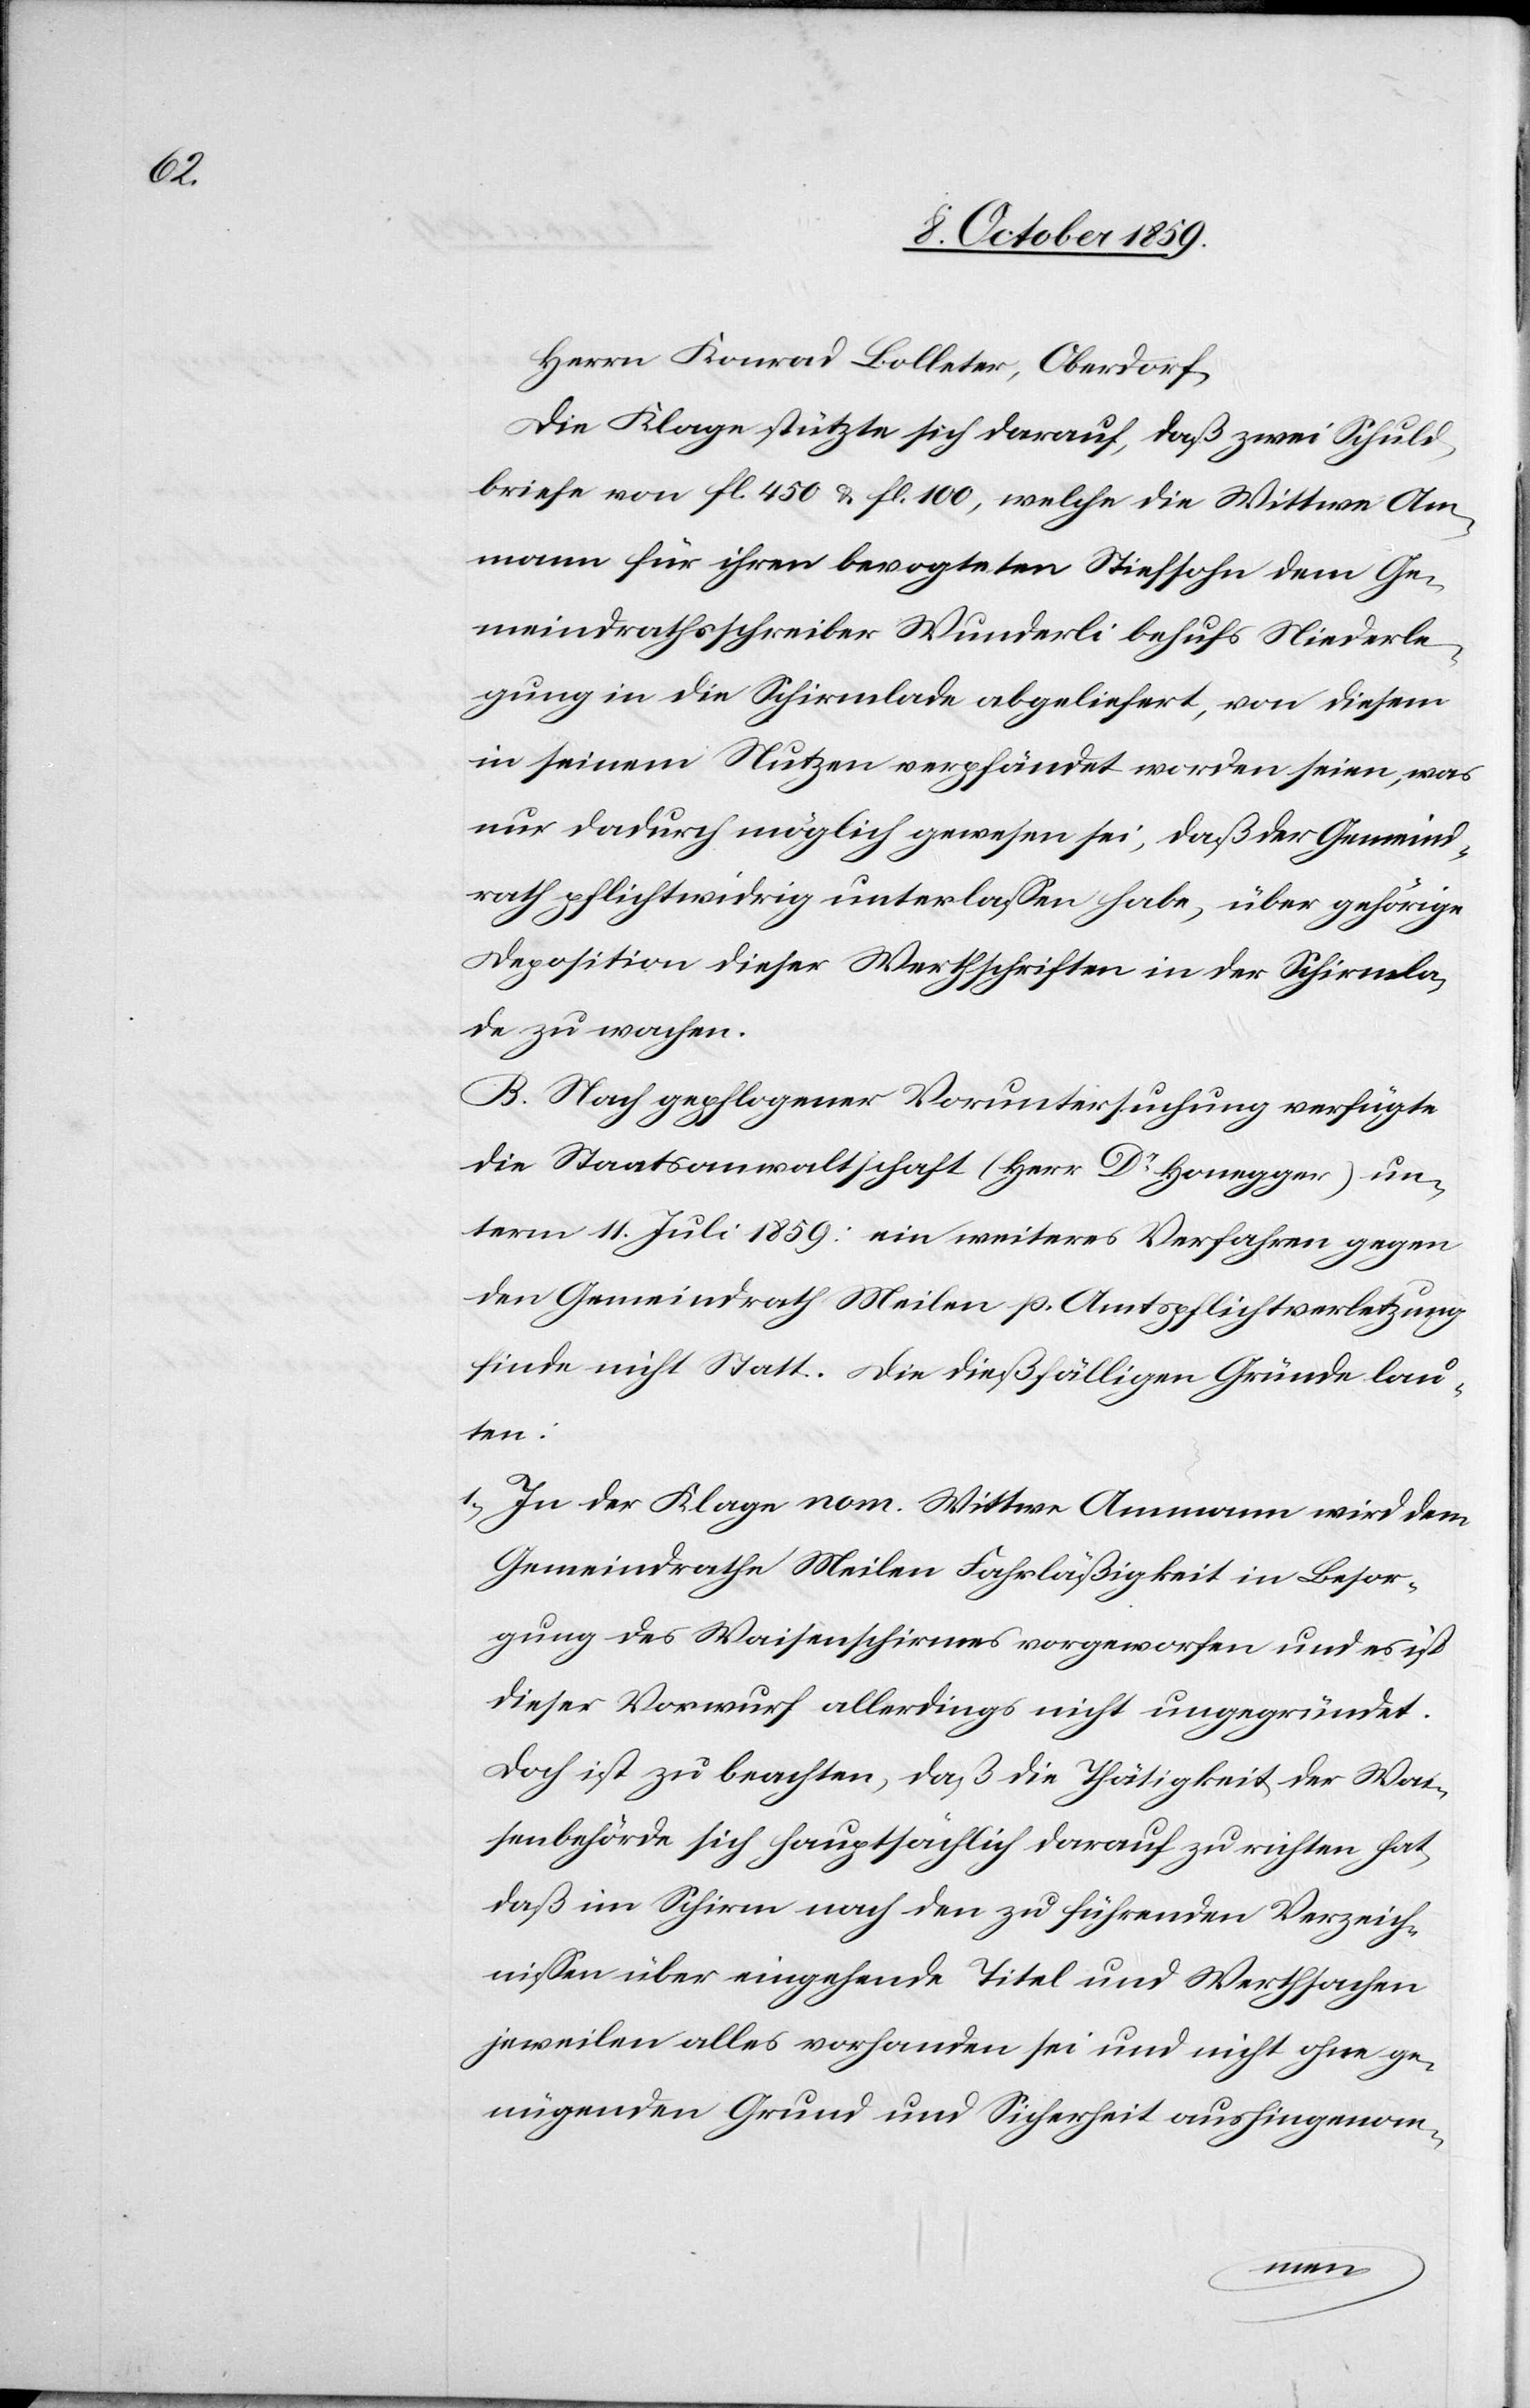
Die Klage stützte sich darauf, daß zwei Schuld¬
briefe von fl. 450 & fl. 100, welche die Wittwe Am¬
mann für ihren bevogteten Stiefsohn dem Ge¬
meindrathschreiber Wunderli behufs Niederle¬
gung in die Schirmlade abgeliefert, von diesem
in seinem Nutzen verpfändet worden seien, was
nur dadurch möglich geworden sei, daß der Gemeind¬
rath pflichtwidrig unterlassen habe, über gehörige
Deposition dieser Wertschriften in der Schirmla¬
de zu wachen.
B. Nach gepflogener Voruntersuchung verfügte
die Staatsanwaltschaft (Herr Dr Honegger) un¬
term 11. Juli 1859: ein weiteres Verfahren gegen
den Gemeindrath Meilen p. Amtspflichtverletzung
finde nicht Statt. Die dießfälligen Gründe lau¬
ten:
1) In der Klage nom. Wittwe Ammann wird dem
Gemeindrathe Meilen Fahrläßigkeit in Besor¬
gung des Waisenschrimes vorgeworfen und es ist
dieser Vorwurf allerdings nicht ungegründet.
Doch ist zu beachten, daß die Thätigkeit der Wai¬
senbehörde sich hauptsächlich darauf zu richten hat,
daß im Schirm nach den zu führenden Verzeich¬
nissen über eingehende Titel und Wertsachen
jeweilen alles vorhanden sei und nicht ohne ge¬
nügenden Grund und Sicherheit aushingenom-